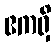
ဧကရှိ